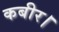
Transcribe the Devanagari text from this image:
कबीर।